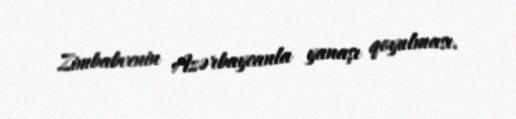
Zimbabvenin Azərbaycanla yanaşı qoyulması.